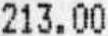
213.00